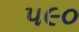
૫૯૦